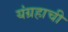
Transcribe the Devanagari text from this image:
यंग्रहाची